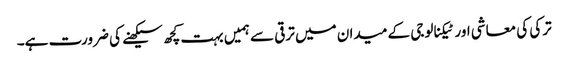
ترکی کی معاشی اور ٹیکنالوجی کے میدان میں ترقی سے ہمیں بہت کچھ سیکھنے کی ضرورت ہے۔